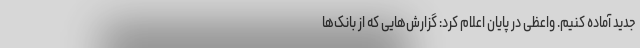
جدید آماده کنیم. واعظی در پایان اعلام کرد: گزارش‌هایی که از بانک‌ها